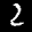
Label: 2